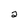
Character: 2